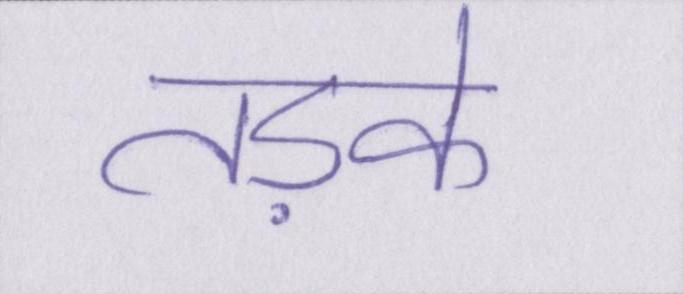
तड़के